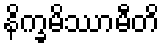
နိက္ခမိဿာမီတိ